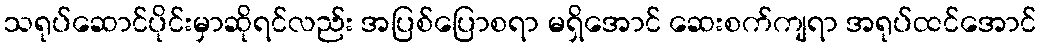
သရုပ်ဆောင်ပိုင်းမှာဆိုရင်လည်း အပြစ်ပြောစရာ မရှိအောင် ဆေးစက်ကျရာ အရုပ်ထင်အောင်